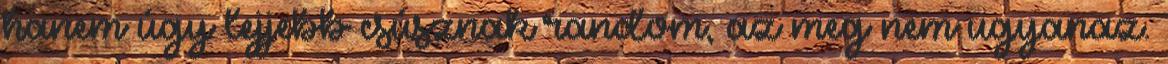
hanem úgy lejjebb csúsznak random, az meg nem ugyanaz.